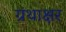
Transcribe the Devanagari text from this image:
ग्रंथाक्षर